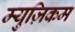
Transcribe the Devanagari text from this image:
म्युज़िकम